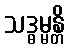
သဒ္ဓမ္မန္တိ